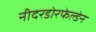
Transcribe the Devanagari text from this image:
नीदरडोरफेल्डेन